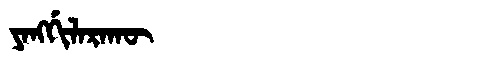
Manchu: ᠶᠠᠩᡤᡳᠯᠠᡵᠠᡴᡡ
Romanization: YANGGILARAKŪ